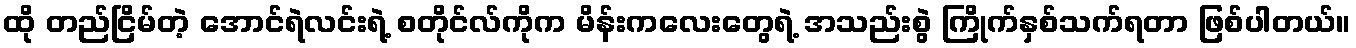
ထို တည်ငြိမ်တဲ့ အောင်ရဲလင်းရဲ့ စတိုင်လ်ကိုက မိန်းကလေးတွေရဲ့ အသည်းစွဲ ကြိုက်နှစ်သက်ရတာ ဖြစ်ပါတယ်။